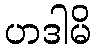
ဟဒါမိ